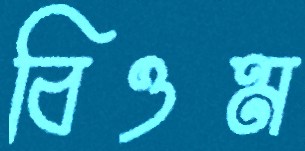
বিওম